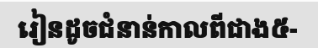
រៀនដូចជំនាន់កាលពីជាង៥-